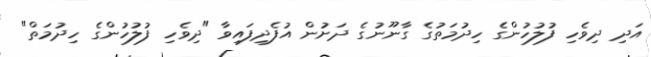
އަދި ދިވެހި ފުލުހުންގެ ހިދުމަތުގެ ގާނޫނުގެ ދަށުން އުފެދިފައިވާ "ދިވެހި ފުލުހުންގެ ހިދުމަތް"